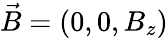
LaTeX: \vec{B}=(0,0,B_{z})